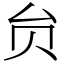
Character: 贠